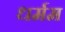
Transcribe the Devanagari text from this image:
धर्मम